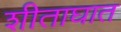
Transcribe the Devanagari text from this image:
शीताघात